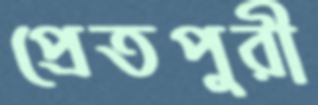
প্রেতপুরী